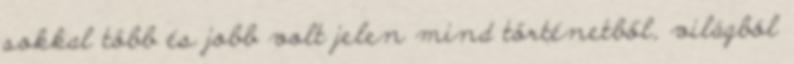
sokkal több és jobb volt jelen mind történetből, világból